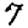
Digit: 7